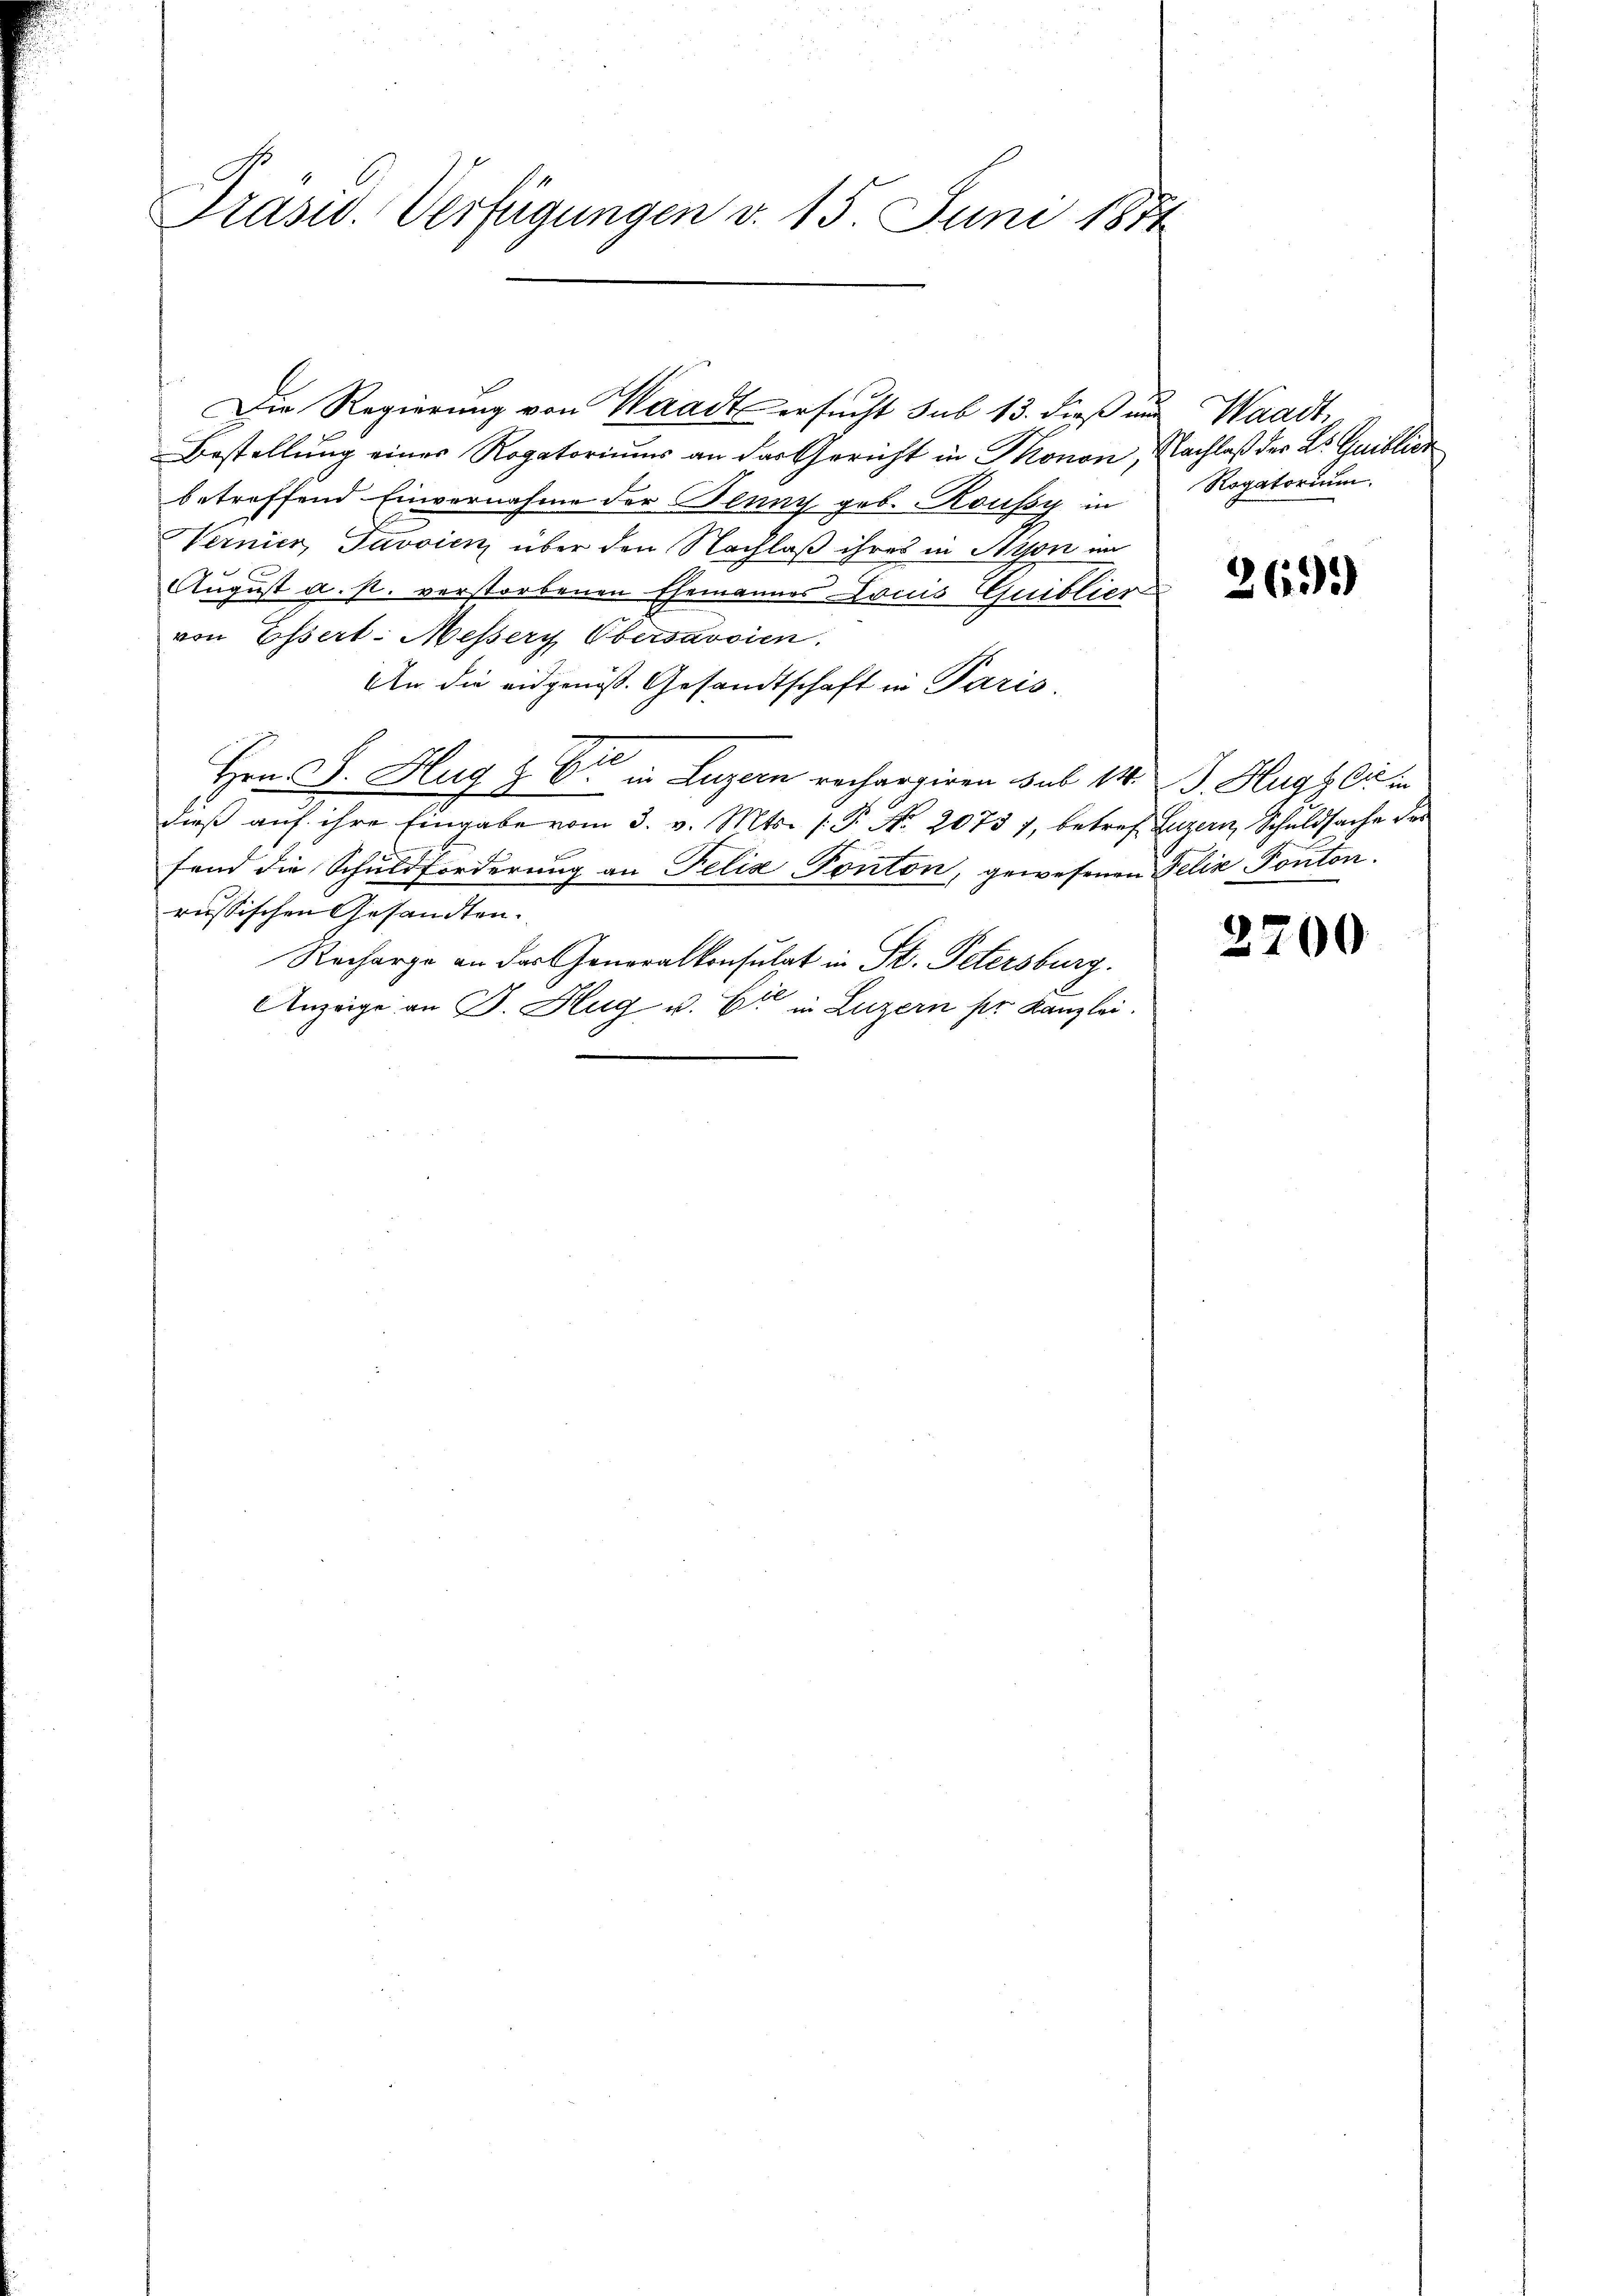
Präsid. Verfügungen v. 15. Juni 1874

.
Bestellung einer Rogatoriums an das Gericht in Monon, Nachlaß der L. Gaiblick
betreffend Einvernahme der Benny geb. Roussy in
Vernier, Javsien über den Nachlaß ihres in Stion im
August a. p. verstorbenen Ehemannes Louis Quiblico-
von Essert-Messery Obersavoien
An die eidgenöss. Gesandtschaft in Paris.
Hrn. J. Hug   in Luzern rechargiren sub 14. J. Huggli in
dieβ aŭf ihre Eingabe vom 3. v. Mts. (T. No. 2075 7, betref Luzern, Schuldsache der
fend die Schuldforderung an Felix Ponton, gewesenen Felix Ponton.
russischen Gesandten.
Recharge an das Generalkonsulat in St. Petersburg.
Anzeige an B. Hug u. Er in Luzern ser Kanzlei.

Die Regierung von Waadt ersucht sub 13. dieß und Waadt,

Rogatorium.

261)

2700